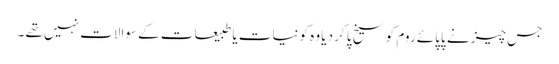
جس چیز نے پاپائے روم کو سیخ پا کر دیا وہ کونیات یا طبیعات کے سوالات نہیں تھے ۔